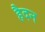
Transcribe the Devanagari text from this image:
हैदन